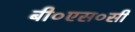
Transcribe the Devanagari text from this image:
बी०एस०सी